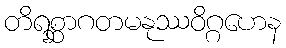
တိရစ္ဆာဂတမနုဿဝိဂ္ဂဟေန